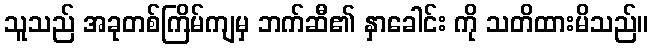
သူသည် အခုတစ်ကြိမ်ကျမှ ဘက်ဆီ၏ နှာခေါင်း ကို သတိထားမိသည်။